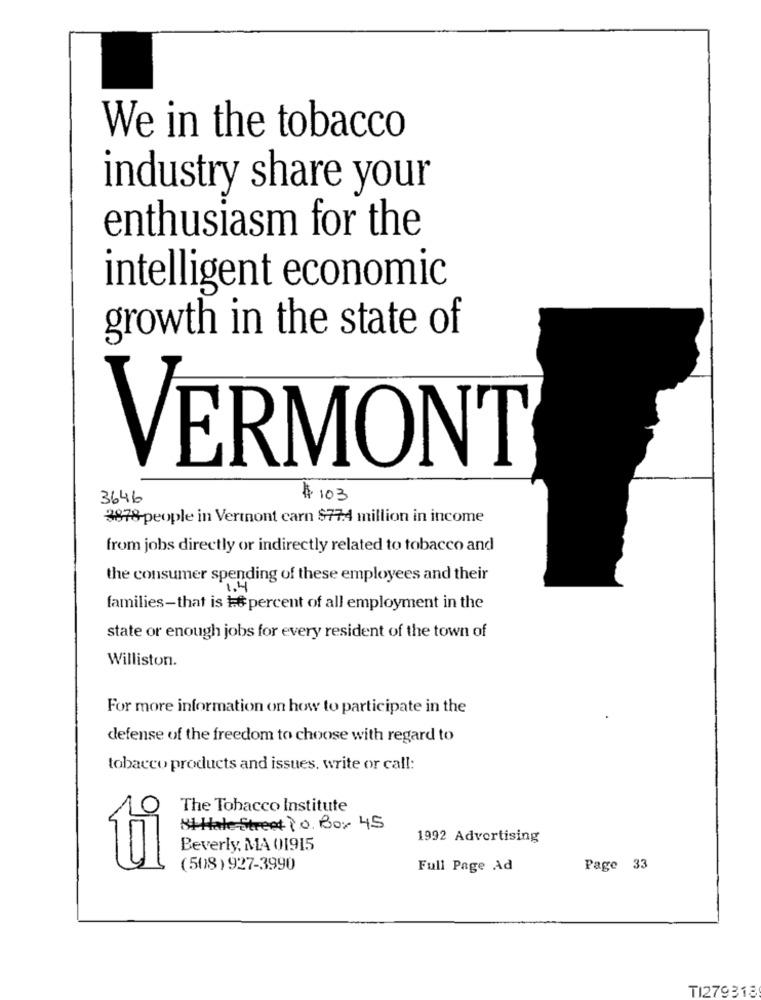
We in the tobacco
industry share your
enthusiasm for the
intelligent economic
growth in the state of
VERMONT
3646
$ 103
3878 people in Vermont carn $77.4 million in income
from jobs directly or indirectly related to tobacco and
the consumer spending of these employees and their
families-that is #6 percent of all employment in the
state or enough jobs for every resident of the town of
Williston.
For more information on how to participate in the
defense of the freedom to choose with regard to
tobacco products and issues, write or call:
The Tobacco Institute
81 Hale Street Po. Box 45
1992 Advertising
Beverly, MA 01915
ti
(508) 927-3990
Full Page Ad
Page 33
TI279313